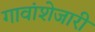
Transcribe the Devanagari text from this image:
गावांशेजारी